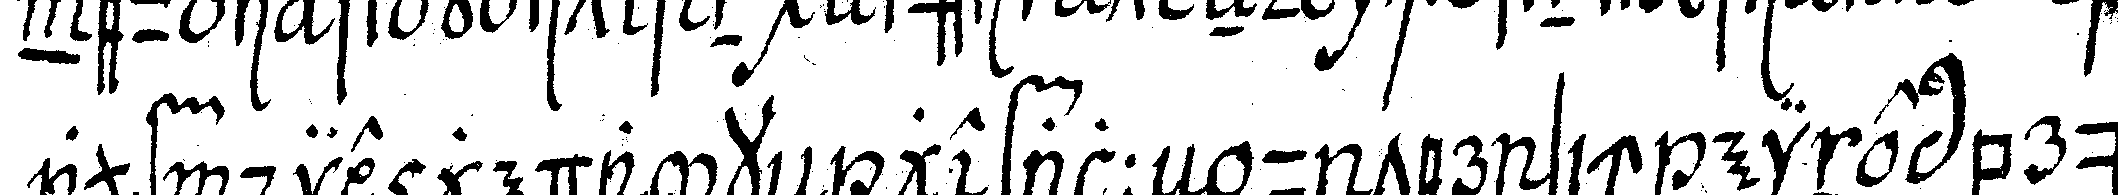
auf die gedankeN gefalleN unter sich eine brü